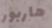
هاربور